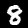
Digit: 8